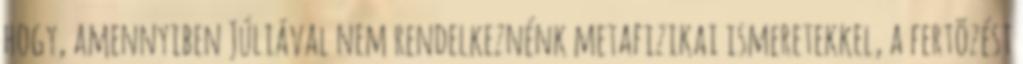
hogy, amennyiben Júliával nem rendelkeznénk metafizikai ismeretekkel, a fertõzést